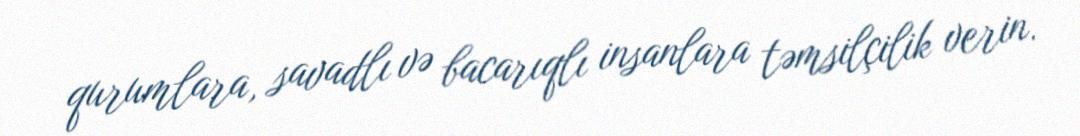
qurumlara, savadlı və bacarıqlı insanlara təmsilçilik verin.